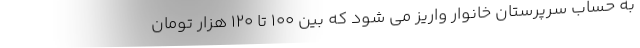
به حساب سرپرستان خانوار واریز می شود که بین ۱۰۰ تا ۱۲۰ هزار تومان